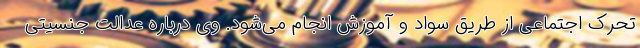
تحرک اجتماعی از طریق سواد و آموزش انجام می‌شود. وی درباره عدالت جنسیتی